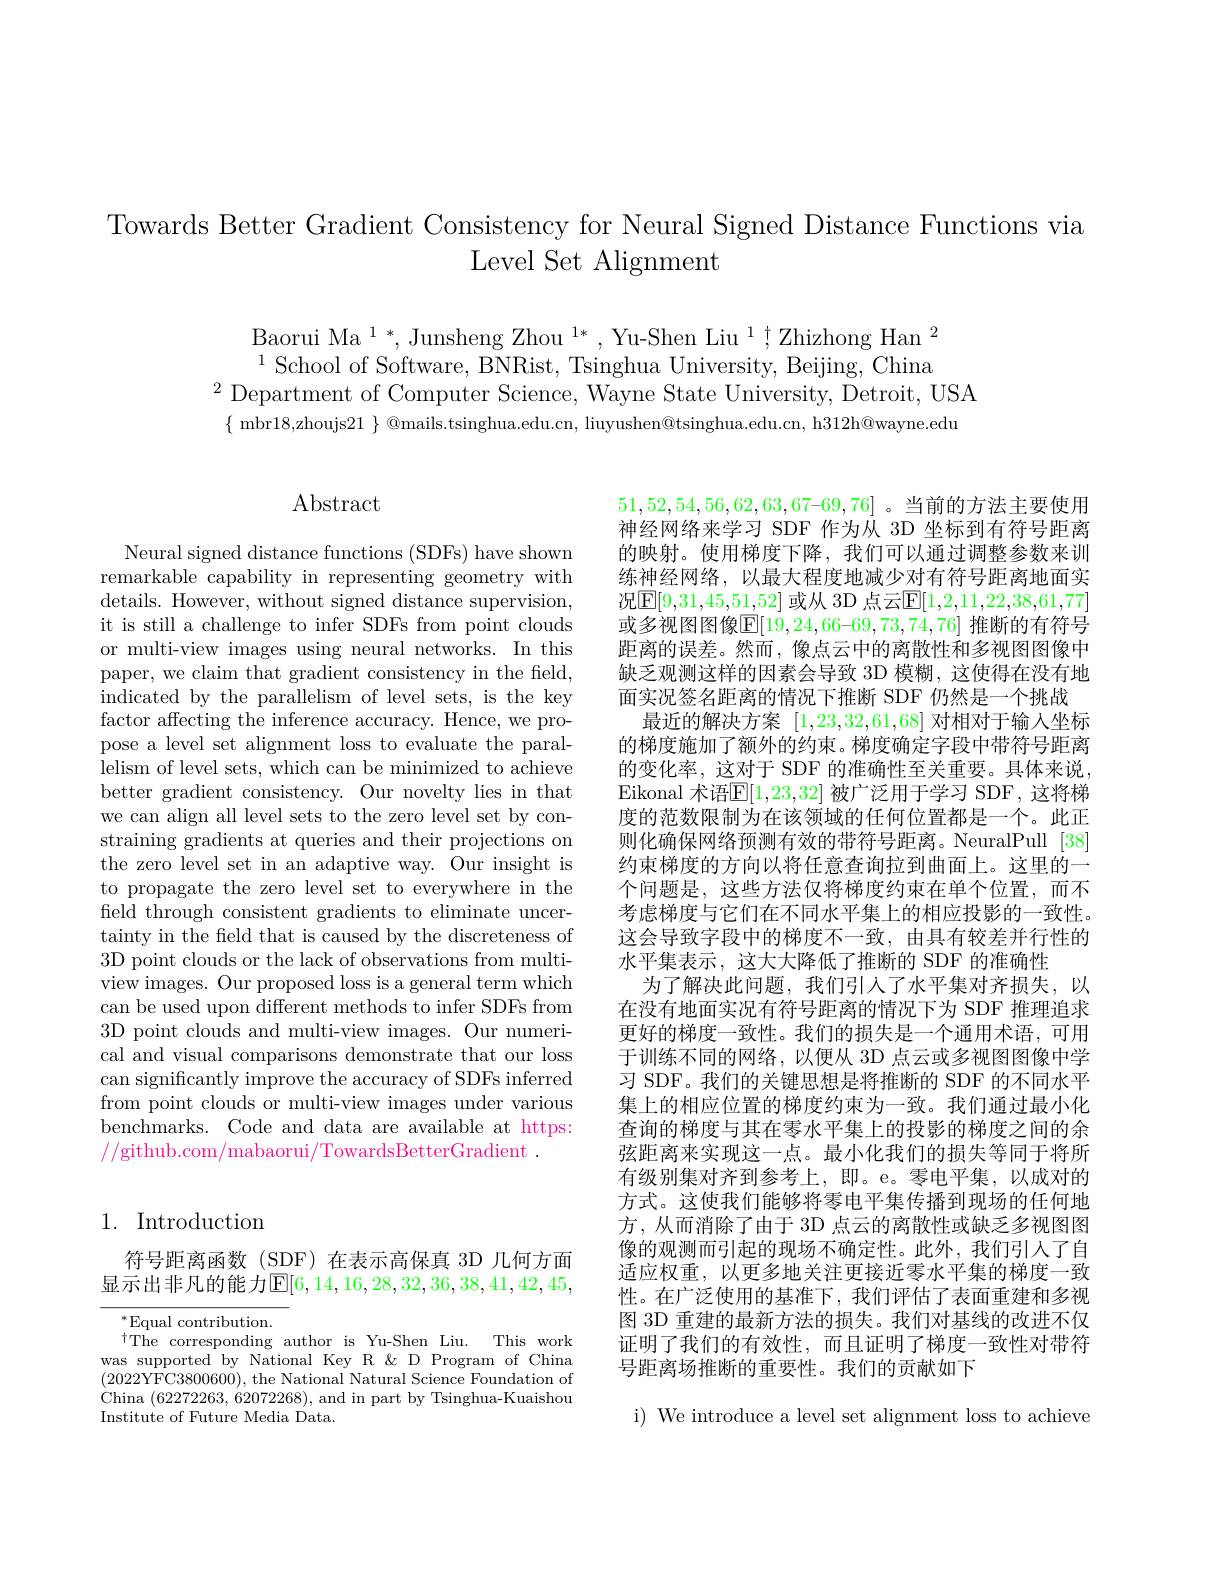
Towards Better Gradient Consistency for Neural Signed Distance Functions via
## Level Set Alignment

Baorui Ma$^1*,\text{Junsheng Zhou }^{1*},\text{Yu-Shen Liu}^{1};\text{Zhizhong Han}^{2}$ $^{1}$School of Software, BNRist, Tsinghua University, Beijing, China
$^{2}$Department of Computer Science, Wayne State University, Detroit, USA
$\{$ mbr18,zhoujs$21\}$ @mails.tsinghua.edu.cn, liuyushen@tsinghua.edu.cn, h312h@wayne.edu

$\operatorname{Abstract}$

Neural signed distance functions (SDFs) have shown remarkable capability in representing geometry with details. However, without signed distance supervision, it is still a challenge to infer SDFs from point clouds or multi-view images using neural networks. In this paper, we claim that gradient consistency in the field, indicated by the parallelism of level sets, is the key factor affecting the inference accuracy. Hence, we propose a level set alignment loss to evaluate the parallelism of level sets, which can be minimized to achieve better gradient consistency. Our novelty lies in that we can align all level sets to the zero level set by constraining gradients at queries and their projections on the zero level set in an adaptive way. Our insight is to propagate the zero level set to everywhere in the field through consistent gradients to eliminate uncertainty in the field that is caused by the discreteness of 3D point clouds or the lack of observations from multiview images. Our proposed loss is a general term which can be used upon different methods to infer SDFs from 3D point clouds and multi-view images. Our numerical and visual comparisons demonstrate that our loss can significantly improve the accuracy of SDFs inferred from point clouds or multi-view images under various benchmarks. Code and data are available at https: //github.com/mabaorui/TowardsBetterGradient .

$51,52,54,56,62,63,67–69,76]$ 。当前的方法主要使用神经网络来学习 SDF 作为从 3D 坐标到有符号距离的映射。使用梯度下降，我们可以通过调整参数来训练神经网络，以最大程度地减少对有符号距离地面实况$\boxed{\mathrm{E}[9,31,45,51,52]\text{ 或从 3D 点云}\mathbb{E}[1,2,11,22,38,61,77]}$ 或多视图图像$\mathbb{E}[19,24,66–69,73,74,76]$ 推断的有符号距离的误差。然而，像点云中的离散性和多视图图像中缺乏观测这样的因素会导致 3D 模糊，这使得在没有地面实况签名距离的情况下推断 SDF 仍然是一个挑战
最近的解决方案[1,23,32,61,68]对相对于输入坐标的梯度施加了额外的约束。梯度确定字段中带符号距离的变化率，这对于 SDF 的准确性至关重要。具体来说， Eikonal 术语$\mathbb{E}[1,23,32]$ 被广泛用于学习 SDF, 这将梯度的范数限制为在该领域的任何位置都是一个。此正则化确保网络预测有效的带符号距离。NeuralPull [38] 约束梯度的方向以将任意查询拉到曲面上。这里的一个问题是，这些方法仅将梯度约束在单个位置，而不考虑梯度与它们在不同水平集上的相应投影的一致性。这会导致字段中的梯度不一致，由具有较差并行性的水平集表示，这大大降低了推断的 SDF 的准确性
为了解决此问题，我们引人了水平集对齐损失，以在没有地面实况有符号距离的情况下为 SDF 推理追求更好的梯度一致性。我们的损失是一个通用术语，可用于训练不同的网络，以便从 3D 点云或多视图图像中学习 SDF。我们的关键思想是将推断的 SDF 的不同水平集上的相应位置的梯度约束为一致。我们通过最小化查询的梯度与其在零水平集上的投影的梯度之间的余弦距离来实现这一点。最小化我们的损失等同于将所有级别集对齐到参考上，即。e。零电平集，以成对的方式。这使我们能够将零电平集传播到现场的任何地方，从而消除了由于 3D 点云的离散性或缺乏多视图图像的观测而引起的现场不确定性。此外，我们引入了自适应权重，以更多地关注更接近零水平集的梯度一致性。在广泛使用的基准下，我们评估了表面重建和多视图 3D 重建的最新方法的损失。我们对基线的改进不仅证明了我们的有效性，而且证明了梯度一致性对带符号距离场推断的重要性。我们的贡献如下

## 1. Introduction

符号距离函数(SDF)在表示高保真 3D 几何方面显示出非凡的能力$\mathbb{E}[6,14,16,28,32,36,38,41,42,45$,

$^*$Equal contribution.
$^{\dagger}$The corresponding author is Yu-Shen Liu. This work was supported by National Key R &D Program of China (2022YFC3800600), the National Natural Science Foundation of China (62272263,62072268), and in part by Tsinghua-Kuaishou Institute of Future Media Data.

i) We introduce a level set alignment loss to achieve